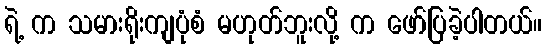
ရဲ့ က သမားရိုးကျပုံစံ မဟုတ်ဘူးလို့ က ဖော်ပြခဲ့ပါတယ်။